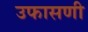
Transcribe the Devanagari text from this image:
उफासणी